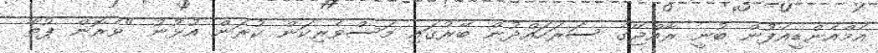
އެމްއެންޑީއެފުން ބުނީ ރާއްޖޭގެ ސަރަހައްދުން ބޭރުގައި މަސްވެރިކަން ކުރަން އުޅުނު "ވެރޮން ޕުތާ